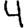
Digit: 4